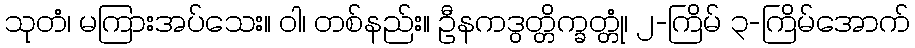
သုတံ၊ မကြားအပ်သေး။ ဝါ၊ တစ်နည်း။ ဦနကဒွတ္တိက္ခတ္တုံ၊ ၂-ကြိမ် ၃-ကြိမ်အောက်